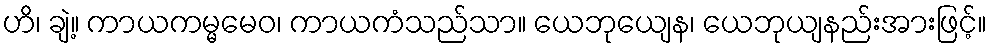
ဟိ၊ ချဲ့။ ကာယကမ္မမေဝ၊ ကာယကံသည်သာ။ ယေဘုယျေန၊ ယေဘုယျနည်းအားဖြင့်။